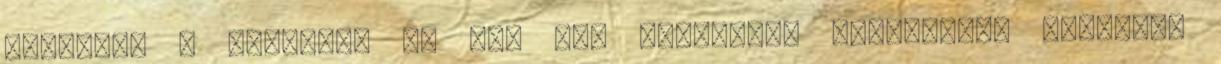
Keresték a tengert, de még nem találták. Dugattyúik fényesen